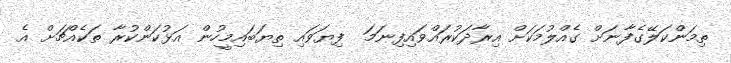
ތިމަންކަލޭގެފާނަށް ގެއްލުމަކަށް އިރާދަކުރައްވައިފިނަމަ  ފިޔަވައި ތިޔަބައިމީހުން އަޅުކަންކުރާ ތަކެއްޗަށް އެ